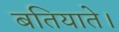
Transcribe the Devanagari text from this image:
बतियाते।